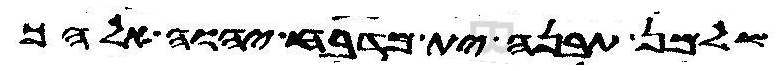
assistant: שלמן תבנה ית מדבח יהוה אלהך